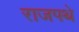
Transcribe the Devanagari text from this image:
राजपथे